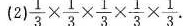
(2) $$\frac{1}{3} \times \frac{1}{3} \times \frac{1}{3} \times \frac{1}{3} \times \frac{1}{3}.$$